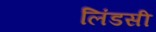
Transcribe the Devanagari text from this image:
लिंडसी